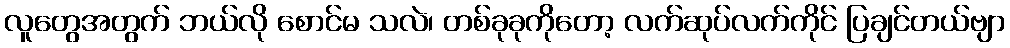
လူတွေအတွက် ဘယ်လို စောင်မ သလဲ၊ တစ်ခုခုကိုတော့ လက်ဆုပ်လက်ကိုင် ပြချင်တယ်ဗျာ